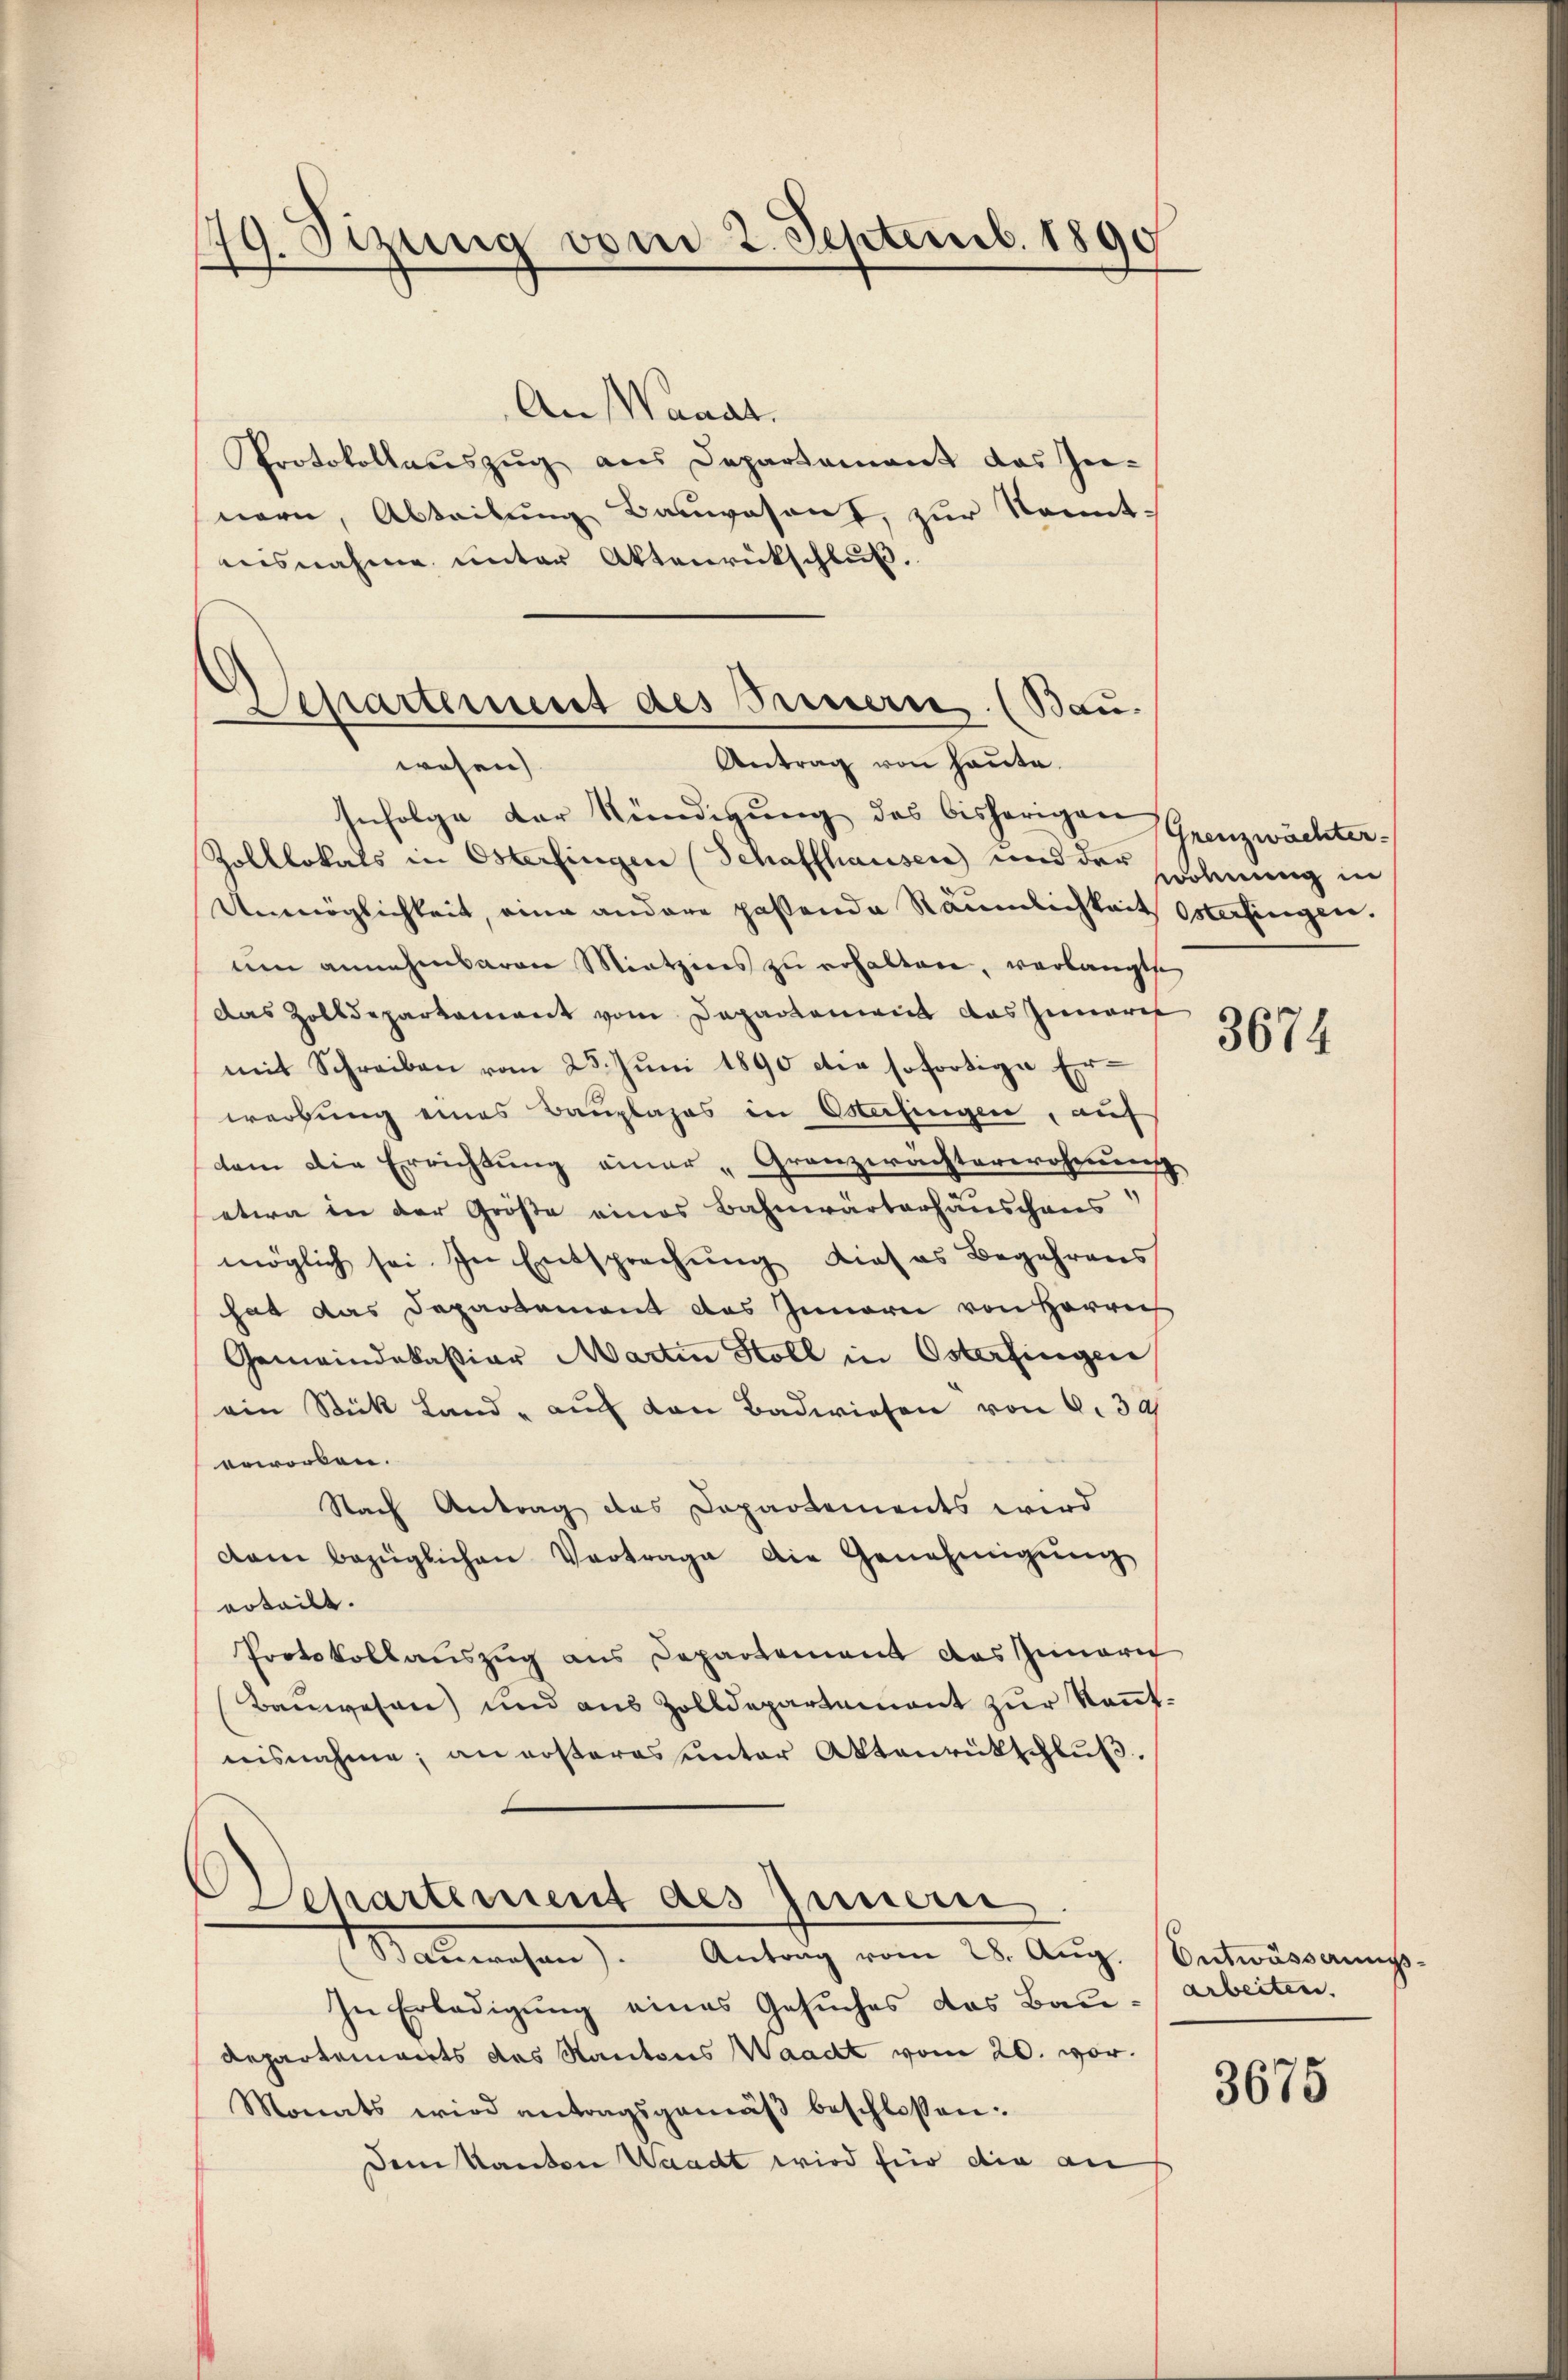
Sitzung vom 2. Septemb. 1890
d
f

An Waadt.
Protokollauszug aus Departament das In-
nern, Abteilung Bauwesent, zur Kennt-
nisnahme unter Aktenrückschluß.
Infolge der Kündigung des bisherigen Grenzwächter¬
Zolllokals in Osterfingen (Schaffhausen und der sodenung in
Unmöglichkeit, eine andere passende Räumlichkeit Osterfingen.
um annehmbarere Mietziges zu erhalten, verlangte
das Zolldepartement vom Departement das Zunart
mit Schreiben vom 25. Jŭni 1890 die sofortige Er-
werbung eines Bauplages in Ostafingen, auf
dem die Errichtung einer „Granzwächterwohnung
etwa in der Größe eines Bahnwärterhäuschaus
möglich sei. In Entsprechung dieses Begehrens
hat das Departement das Innern von Herrn
Gemeindekaßiar Martin Holl in Osterfingen
ein Stück Land - auch den Badwiesen von 6. 30
orworben.
Nach Antrag des Departements wird
dam bezüglichen Vertrage die Genehmigŭng
erteilt.
Protokollauszug aus Departement das Innern
Baŭwesen und aus Zolldepartement zŭr Keṅt-
nisnahme, an ersteres unter Aktenrütschlŭβ.

Separtement des Fernern. (Bau.
Antrag von Haute.
wesen.

Departement als Innern.
Bauwesen). Antrag vom 28. Aug.

In Erledigung eines Gesuches das Bau- arbeiten.
Departements das Kantons Waadt vom 20. vor.
Monats wird antragsgemäβ beschlossen:
Dem Kanton Waadt wird für die an

3674

Ontwässerungs¬

3675